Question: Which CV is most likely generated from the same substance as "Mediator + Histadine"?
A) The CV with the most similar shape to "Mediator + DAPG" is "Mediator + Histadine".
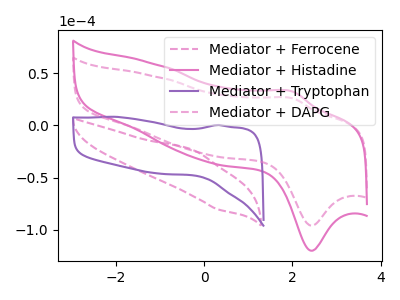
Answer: <think>The pink dashed curve "Mediator + Ferrocene" has an anodic peak at (-0.25V, -23.75uA) and a cathodic peak at (0.30V, -80.45uA). The pink curve "Mediator + Histadine" has an anodic peak at (2.00V, 32.25uA) and a cathodic peak at (2.45V, -120.10uA). The purple curve "Mediator + Tryptophan" has no peaks. The pink dashed curve "Mediator + DAPG" has an anodic peak at (2.00V, 25.80uA) and a cathodic peak at (2.45V, -96.00uA).
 "Mediator + Ferrocene" and "Mediator + Histadine" have at least one peak that do not match. "Mediator + Ferrocene" and "Mediator + Tryptophan" have a different number of peaks. "Mediator + Ferrocene" and "Mediator + DAPG" have at least one peak that do not match. "Mediator + Histadine" and "Mediator + Tryptophan" have a different number of peaks. All the peaks in "Mediator + Histadine" have a peak in "Mediator + DAPG" at the same potential. Every peak in "Mediator + Histadine" is higher than every peak in "Mediator + DAPG". "Mediator + Tryptophan" and "Mediator + DAPG" have a different number of peaks.</think>
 <answer>A) The CV with the most similar shape to "Mediator + DAPG" is "Mediator + Histadine".</answer>
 <eval>A</eval>